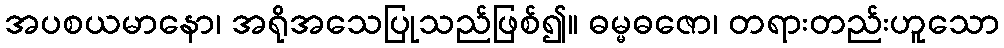
အပစယမာနော၊ အရိုအသေပြုသည်ဖြစ်၍။ ဓမ္မဓဇော၊ တရားတည်းဟူသော